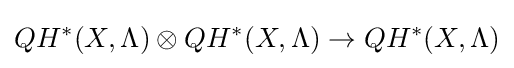
QH^{*}(X,\Lambda )\otimes QH^{*}(X,\Lambda )\to QH^{*}(X,\Lambda )